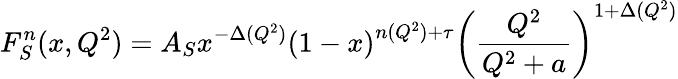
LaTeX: F_{S}^{n}(x,Q^{2})=A_{S}x^{-\Delta(Q^{2})}\left(1-x\right)^{n(Q^{2})+\tau}\left(\frac{Q^{2}}{Q^{2}+a}\right)^{1+\Delta(Q^{2})}